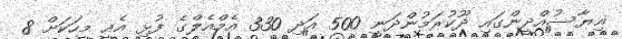
ޣިޔާސުއްދީންގައި ދޫކުރަމުންދަނީ 500 އަދި 330 އެމްއެލްގެ ފުޅި އެއީ މީހަކަށް 8